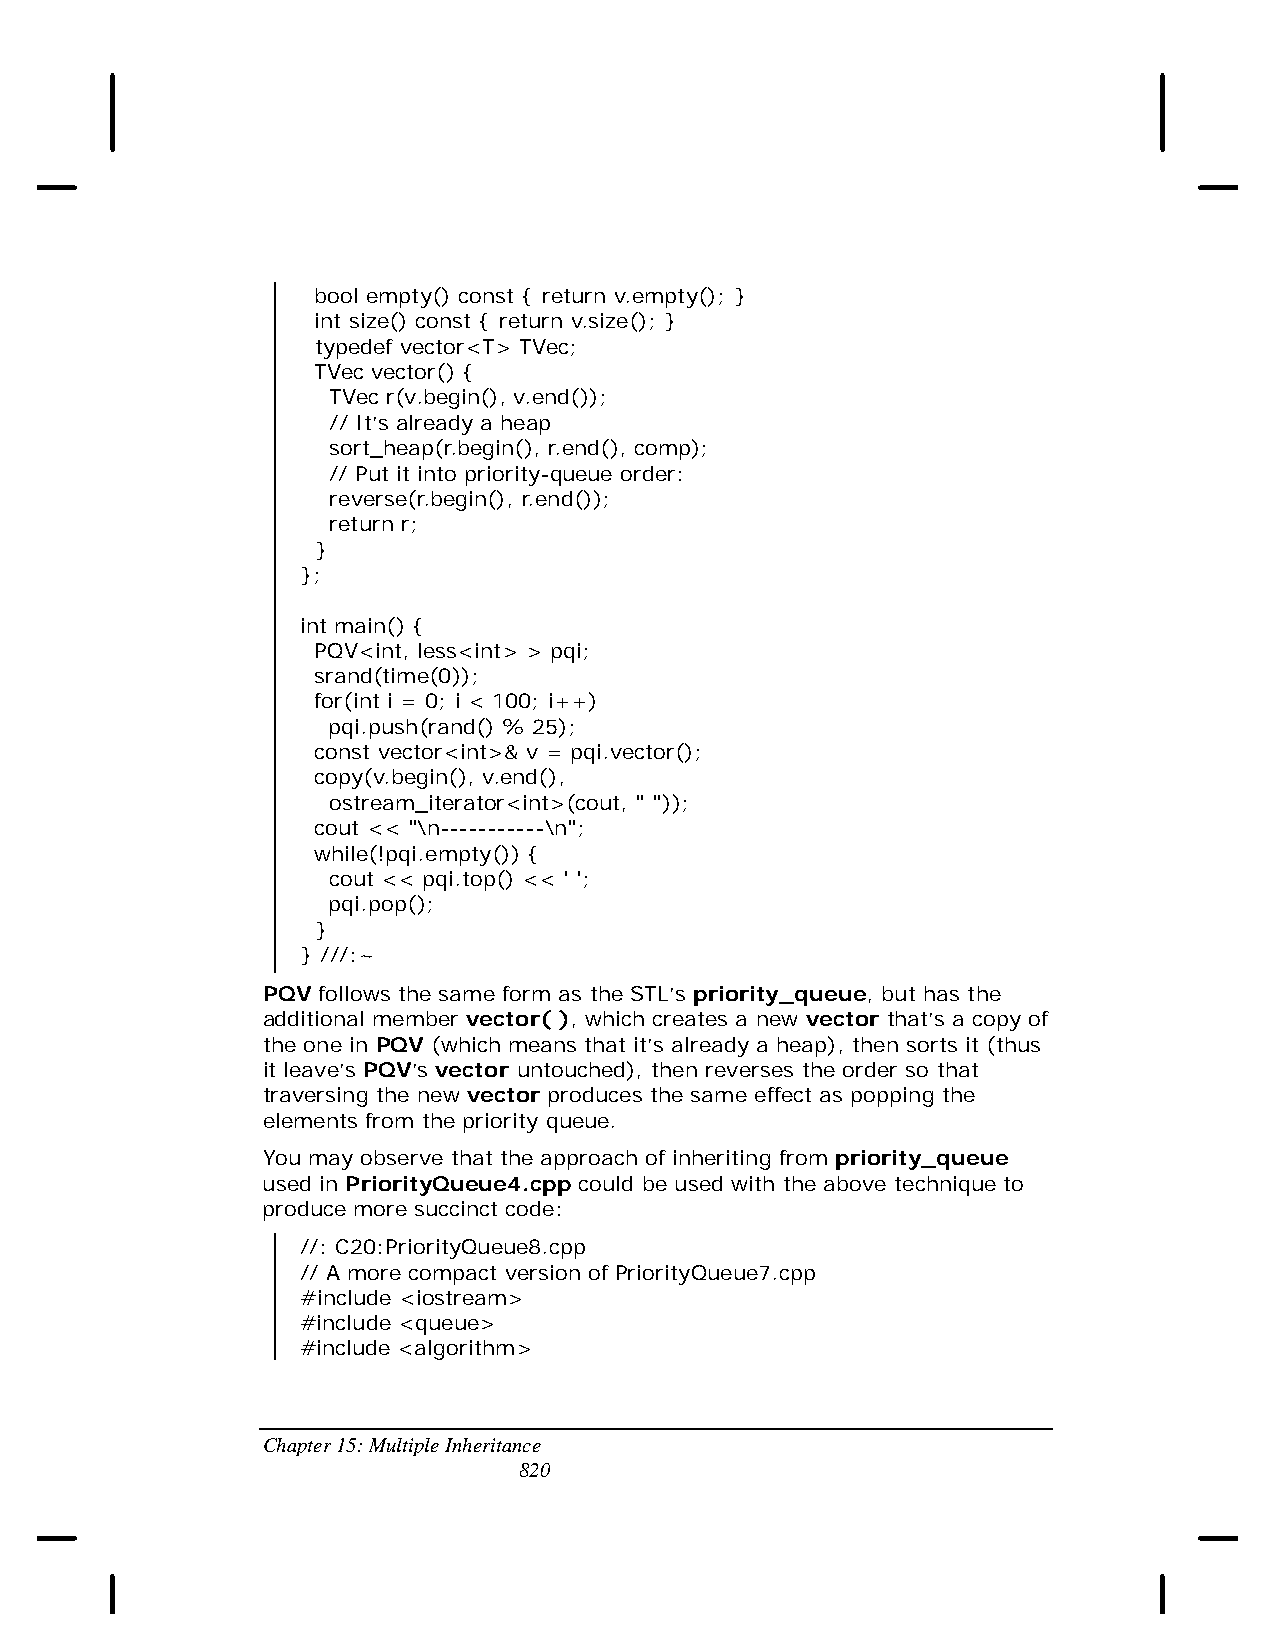
bool empty() const { return v.empty(); }
 int size() const { return v.size(); }
 typedef vector<T> TVec;
 TVec vector() {
 TVec r(v.begin(), v.end());
 // It’s already a heap
 sort_heap(r.begin(), r.end(), comp);
 // Put it into priority-queue order:
 reverse(r.begin(), r.end());
 return r;
 }
 };
 int main() {
 PQV<int, less<int> > pqi;
 srand(time(0));
 for(int i = 0; i < 100; i++)
 pqi.push(rand() % 25);
 const vector<int>& v = pqi.vector();
 copy(v.begin(), v.end(),
 ostream_iterator<int>(cout, " "));
 cout << "\n-----------\n";
 while(!pqi.empty()) {
 cout << pqi.top() << ' ';
 pqi.pop();
 }
 } ///:~
 PQV follows the same form as the STL’s priority_queue, but has the
 additional member vector( ), which creates a new vector that’s a copy of
 the one in PQV (which means that it’s already a heap), then sorts it (thus
 it leave’s PQV’s vector untouched), then reverses the order so that
 traversing the new vector produces the same effect as popping the
 elements from the priority queue.
 You may observe that the approach of inheriting from priority_queue
 used in PriorityQueue4.cpp could be used with the above technique to
 produce more succinct code:
 //: C20:PriorityQueue8.cpp
 // A more compact version of PriorityQueue7.cpp
 #include <iostream>
 #include <queue>
 #include <algorithm>
 Chapter 15: Multiple Inheritance
 820